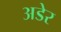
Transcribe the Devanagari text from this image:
अडेर